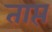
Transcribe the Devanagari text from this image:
ताप्त